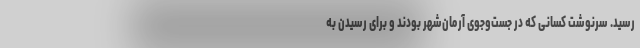
رسید. سرنوشت کسانی که در جست‌وجوی آرمان‌شهر بودند و برای رسیدن به